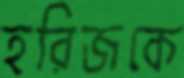
হরিজকে